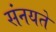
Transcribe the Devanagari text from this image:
संनयते